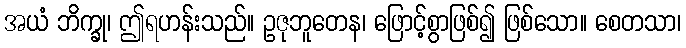
အယံ ဘိက္ခု၊ ဤရဟန်းသည်။ ဥဇုဘူတေန၊ ဖြောင့်စွာဖြစ်၍ ဖြစ်သော။ စေတသာ၊